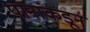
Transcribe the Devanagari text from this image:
पानांकडून